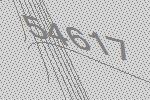
54617